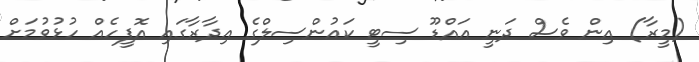
(މީރާ) އިން ވެސް ދަނީ އައްޑޫ ސިޓީ ކައުންސިލްގެ އިދާރާގައި އޮފީހެއް ހުޅުވުމަށް